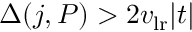
\Delta ( j , P ) > 2 v _ { \mathrm { l r } } | t |